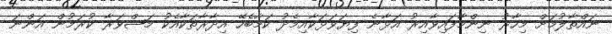
ނައްތާލުމަށް މިހާރު ނިންމާފައިވާއިރު އަޅާނެ ފިޔަވަޅަކާއިމެދު ކަމާބެހޭ އިދާރާތަކާއެކު މަޝްވަރާ ކުރަމުން އަންނަ